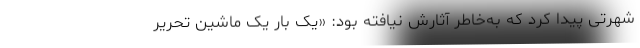
شهرتی پیدا کرد که به‌خاطر آثارش نیافته بود: «یک‌ بار یک ماشین تحریر